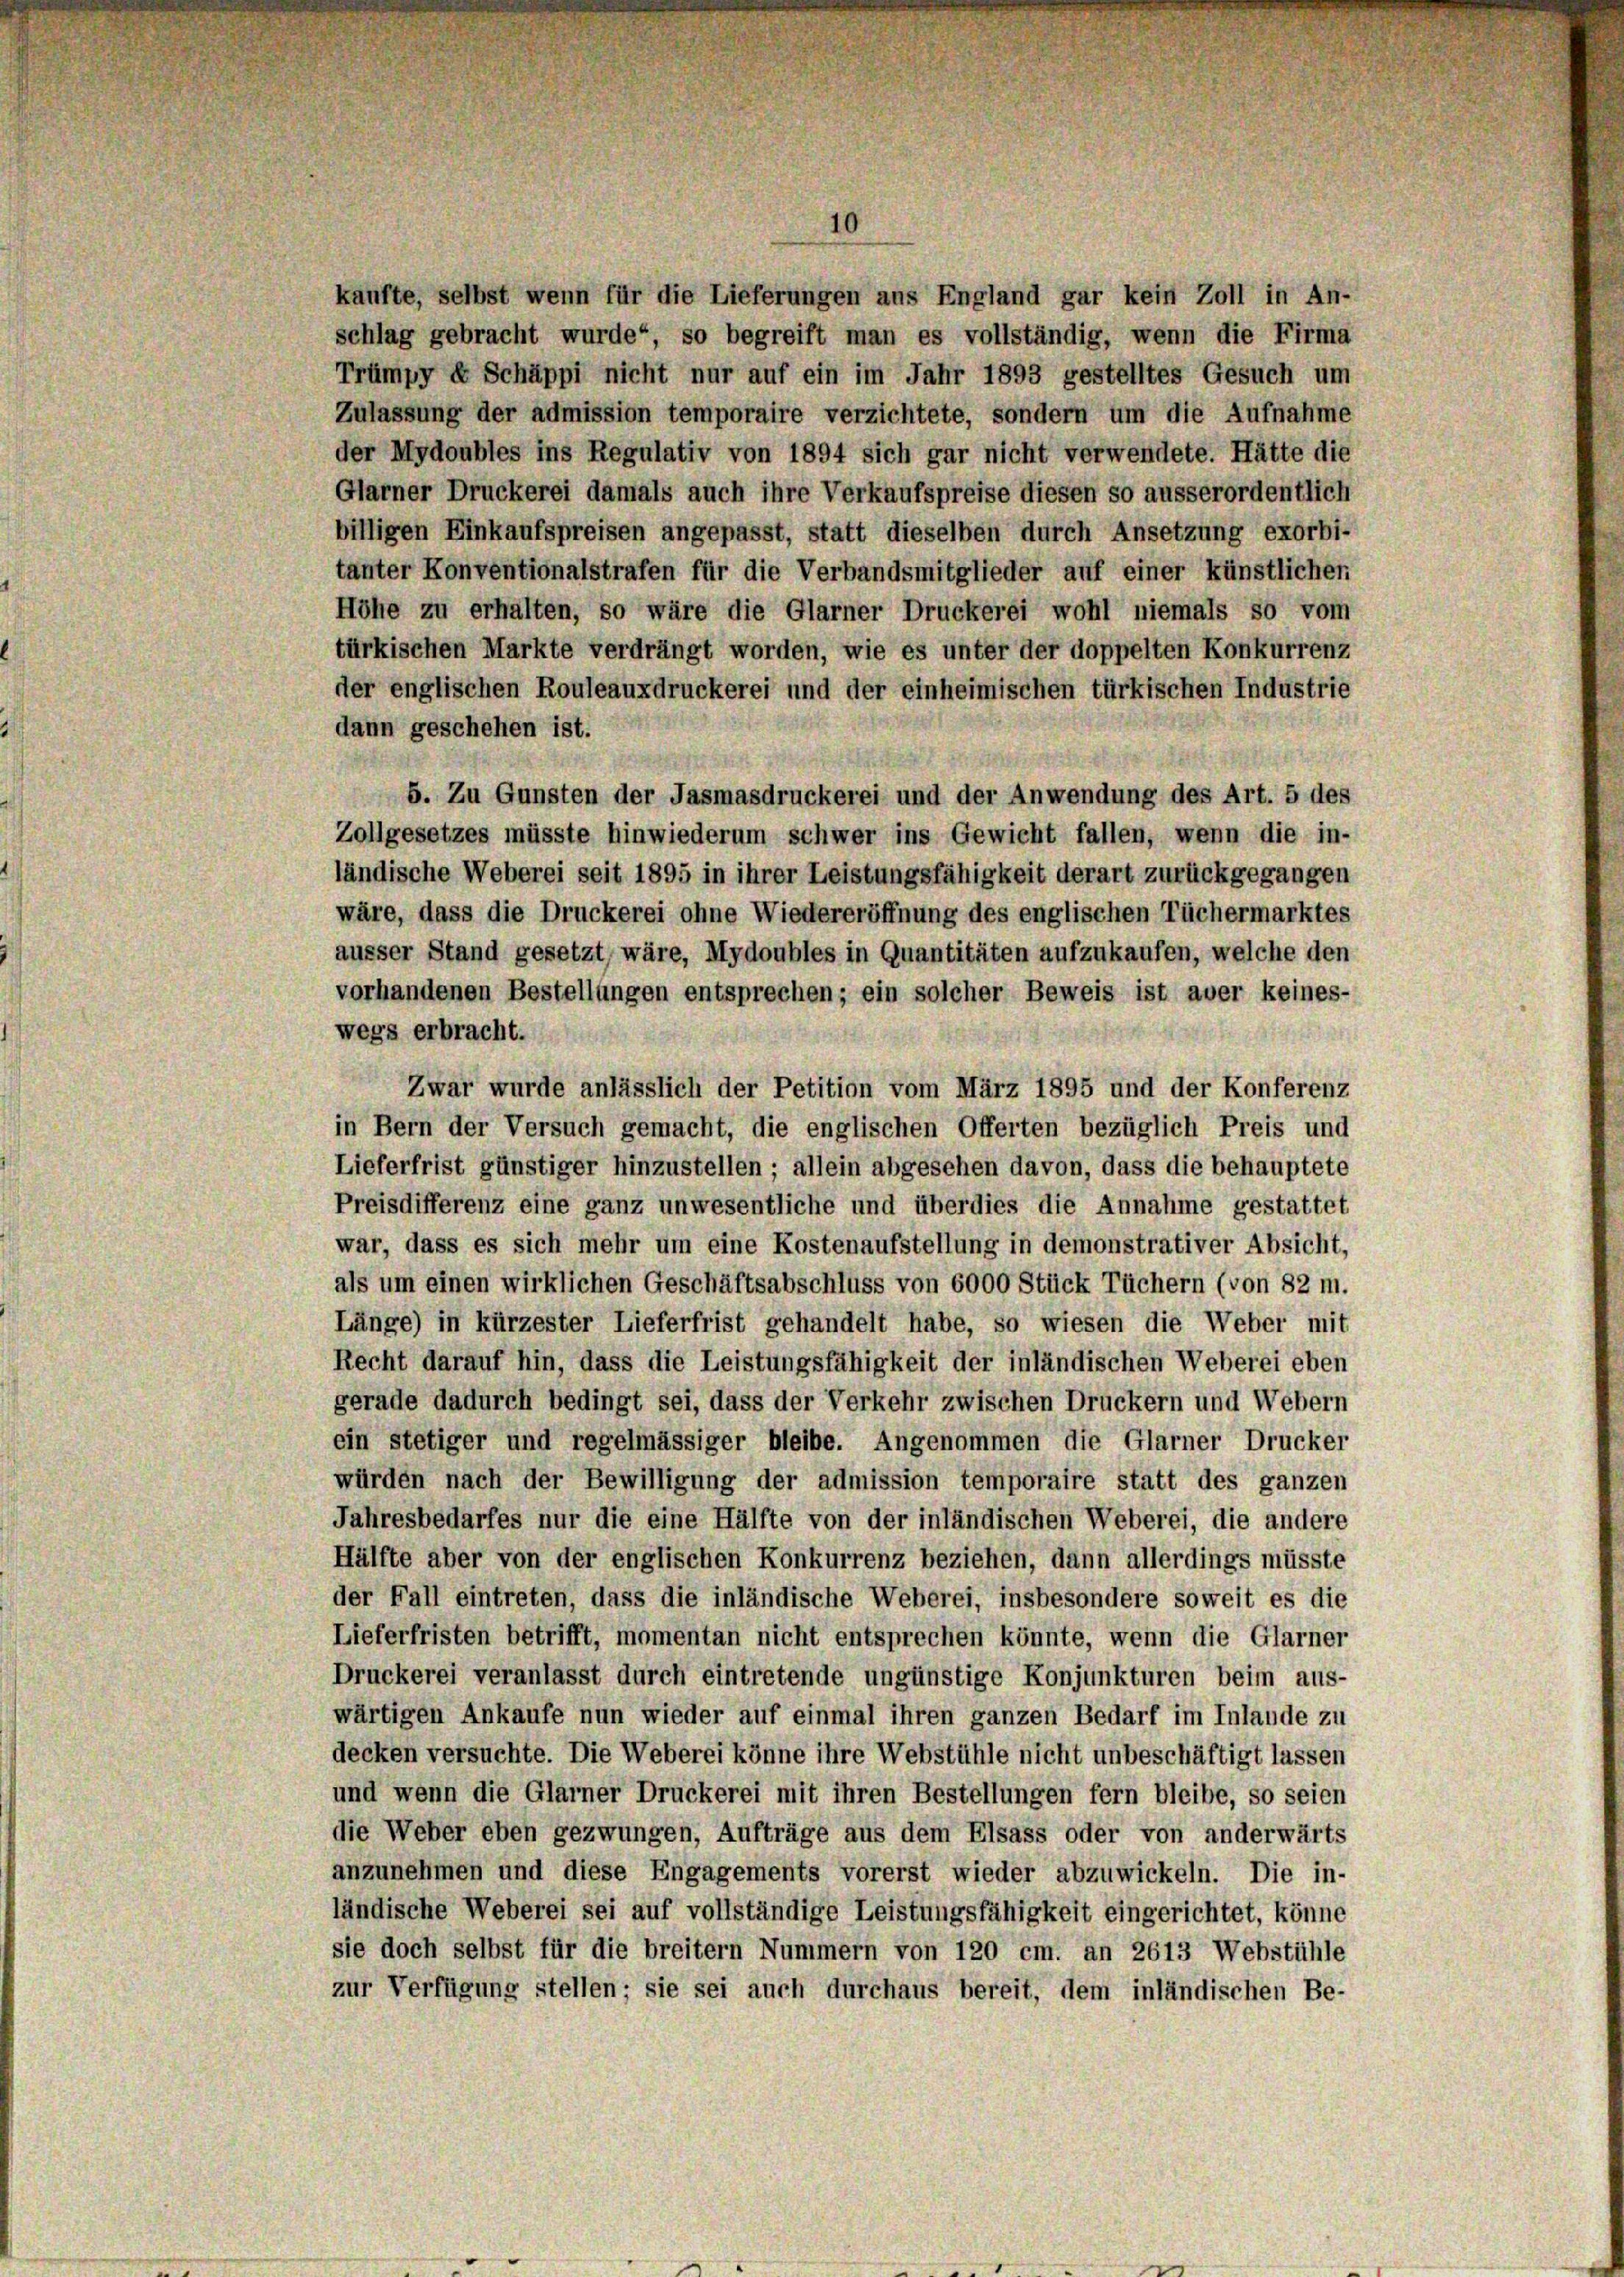
dann geschehen ist.
wegs erbracht.

11

kaufte, selbst wenn für die Lieferungen aus England gar kein Zoll in An-
schlag gebracht wurde“, so begreift man es vollständig, wenn die Firma
Trümpy & Schäppi nicht nur auf ein im Jahr 1893 gestelltes Gesuch um
Zulassung der admission temporaire verzichtete, sondern um die Aufnahme
der Mydoubles ins Regulativ von 1894 sich gar nicht verwendete. Hätte die
Glarner Druckerei damals auch ihre Verkaufspreise diesen so ausserordentlich
billigen Einkaufspreisen angepasst, statt dieselben durch Ansetzung exorbi-
tanter Konventionalstrafen für die Verbandsmitglieder auf einer künstlicher
Höhe zu erhalten, so wäre die Glarner Druckerei wohl niemals so vom
türkischen Markte verdrängt worden, wie es unter der doppelten Konkurrenz
der englischen Rouleauxdruckerei und der einheimischen türkischen Industrie
5. Zu Gunsten der Jasmasdruckerei und der Anwendung des Art. 5 des
Zollgesetzes müsste hinwiederum schwer ins Gewicht fallen, wenn die in-
ländische Weberei seit 1895 in ihrer Leistungsfähigkeit derart zurückgegangen
wäre, dass die Druckerei ohne Wiedereröffnung des englischen Tüchermarktes
äusser Stand gesetzt, wäre, Mydoubles in Quantitäten aufzukaufen, welche den
vorhandenen Bestellungen entsprechen; ein solcher Beweis ist aber keines-
Zwar wurde anlässlich der Petition vom März 1895 und der Konferenz
in Bern der Versuch gemacht, die englischen Offerten bezüglich Preis und
Lieferfrist günstiger hinzustellen; allein abgesehen davon, dass die behauptete
Preisdifferenz eine ganz unwesentliche und überdies die Annahme gestattet
war, dass es sich mehr um eine Kostenaufstellung in demonstrativer Absicht,
als um einen wirklichen Geschäftsabschluss von 6000 Stück Tüchern (von 82 m.
Länge) in kürzester Lieferfrist gehandelt habe, so wiesen die Weber mit
Recht darauf hin, dass die Leistungsfähigkeit der inländischen Weberei eben
gerade dadurch bedingt sei, dass der Verkehr zwischen Druckern und Webern
ein stetiger und regelmässiger bleibe. Angenommen die Glarner Drucker
würden nach der Bewilligung der admission temporaire statt des ganzen
Jahresbedarfes nur die eine Hälfte von der inländischen Weberei, die andere
Hälfte aber von der englischen Konkurrenz beziehen, dann allerdings müsste
der Fall eintreten, dass die inländische Weberei, insbesondere soweit es die
Lieferfristen betrifft, momentan nicht entsprechen könnte, wenn die Glarner
Druckerei veranlasst durch eintretende ungünstige Konjunkturen beim aus-
wärtigen Ankaufe nun wieder auf einmal ihren ganzen Bedarf im Inlande zu
decken versuchte. Die Weberei könne ihre Webstühle nicht unbeschäftigt lassen
und wenn die Glarner Druckerei mit ihren Bestellungen fern bleibe, so seien
die Weber eben gezwungen, Aufträge aus dem Elsass oder von anderwärts
anzunehmen und diese Engagements vorerst wieder abzuwickeln. Die in-
ländische Weberei sei auf vollständige Leistungsfähigkeit eingerichtet, könne
sie doch selbst für die breitern Nummern von 120 cm. an 2613 Webstühle
zur Verfügung stellen; sie sei auch durchaus bereit, dem inländischen Be-